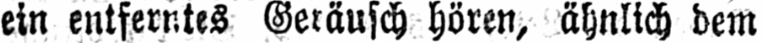
ein entferntes Geräusch hören, ähnlich dem